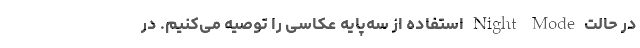
در حالت Night Mode استفاده از سه‌پایه عکاسی را توصیه می‌کنیم. در